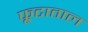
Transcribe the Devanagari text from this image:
फूटाताल